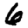
Digit: 6